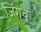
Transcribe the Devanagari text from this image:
जिंगचू